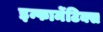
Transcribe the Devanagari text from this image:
इन्फार्मेटिक्स